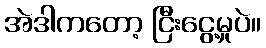
အဲဒါကတော့ ငြီးငွေ့မှုပဲ။